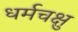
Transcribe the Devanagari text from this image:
धर्मचक्षु